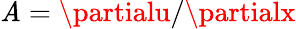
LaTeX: \mathit{A}=\partialu/\partialx